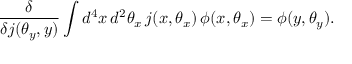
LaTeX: \frac { \delta } { \delta j ( \theta _ { y } , y ) } \int d ^ { 4 } x \, d ^ { 2 } \theta _ { x } \, j ( x , \theta _ { x } ) \, \phi ( x , \theta _ { x } ) = \phi ( y , \theta _ { y } ) .